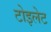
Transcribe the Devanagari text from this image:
टोइलेट